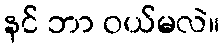
နင် ဘာ ဝယ်မလဲ။